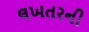
લખતરની